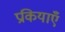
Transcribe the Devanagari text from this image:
प्रकियाएँ